Annual administration and progress report of the Indian Medical Department, Bombay
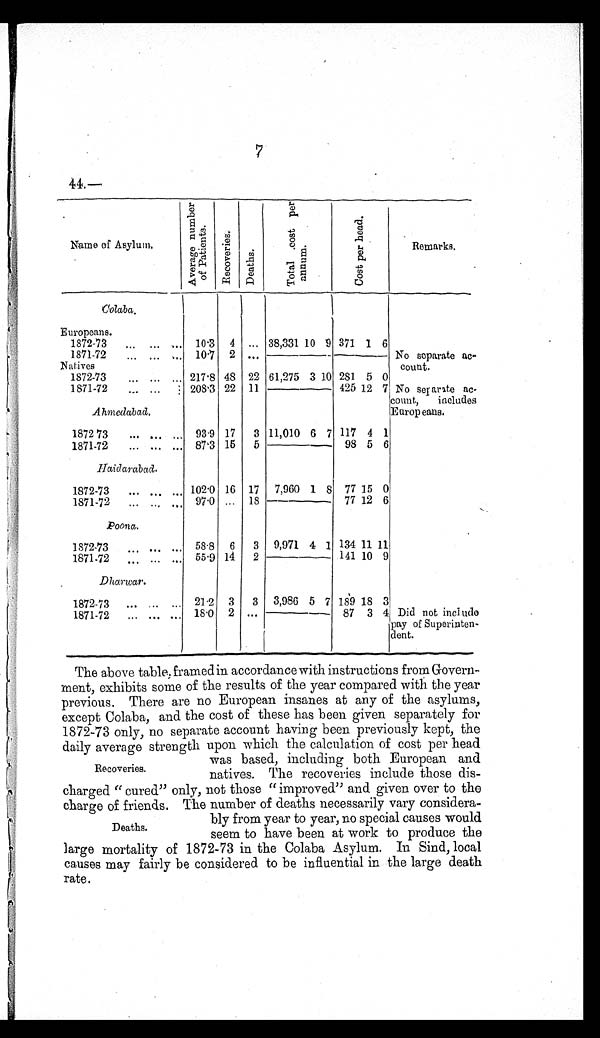
7
44.—
Name of Asylum.
A v e r a g e n u m b e r o f P a t i e n t s .
R e c o v e r i e s .
Deat hs.
T o t a l c o s t p e r a n n u m .
C o s t p e r h e a d .
Remarks.
C o l a b a .
Europeans.
1872-73
1 0 . 3 4
. . .
3 8 , 3 3 1 1 0 9
3 7 1 1 6
1871-72
1 0 . 7 2
. . .
No separate ac-
count.
Natives
1872-73
2 1 7 . 8 4 8
2 2
6 1 , 2 7 5 3
1 0
2 8 1 5 0
1871-72
2 0 8 . 3 2 2
1 1
4 2 5 1 2 7 No sepante ac-
count,
includes
Europeans.
A h m e d a b a d .
1872-73
9 3 . 9 1 7
3
1 1 , 0 1 0 6
7
1 1 7 4 1
1871-72
8 7 . 3 1 5
5
9 8 5 6
H a i d a r a b a d .
1872-73
1 0 2 . 0 1 6
1 7
7 , 9 6 0 1 8
7 7 1 5 0
1871-72
9 7 . 0 . . .
1 8
7 7 1 2 6
P o o n a .
1872-73
5 8 . 8 6
3
9 , 9 7 1 4 1
1 3 4 1 1 1 1
1871-72
5 5 . 9 1 4
2
1 4 1 1 0 9
D h a r w a r .
1872-73
2 1 . 2 3
3
3 , 9 8 6 5 7
1 8 9 1 8 3
1871-72
1 8 . 0 2
. . .
8 7
3
4 Did not include
pay of Superinten-
dent.
The above table, framed in accordance with instructions from
G o v e r n -
ment, exhibits some of the results of the year compared with the year
previous. There are no European insanes at any of the asylums,
except Colaba, and the cost of these has been given separately for
1872-73 only, no separate account having been previously kept, the
daily average strength upon which the calculation of cost per head
was based, including both European and
Recoveries.
natives. The recoveries include those dis-
charged "cured" only, not those "improved" and given over to the
charge of friends. The number of deaths necessarily vary considera-
bly from year to year, no special causes would
Deaths.
seem to have been at work to produce the
large mortality of 1872-73 in the Colaba Asylum. In Sind, local
causes may fairly be considered to be influential in the large death
rate.